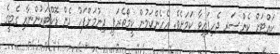
ކައްޓަށް ކެންސަރ ޖެހިފައިވާ ކަމަށެވެ. އެހެންކަމުން ކީމޯތެރަޕީ ދިނުމަށްފަހު ދެން ޑޮކްޓަރުންނާއި ގެބީގެ